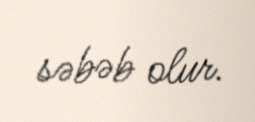
səbəb olur.